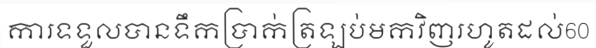
ការទទួលបានទឹកប្រាក់ត្រឡប់មកវិញរហូតដល់60